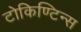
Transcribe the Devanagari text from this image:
टोकिण्टिन्स